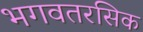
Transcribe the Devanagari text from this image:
भगवतरसिक